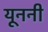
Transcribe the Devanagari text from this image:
यूननी